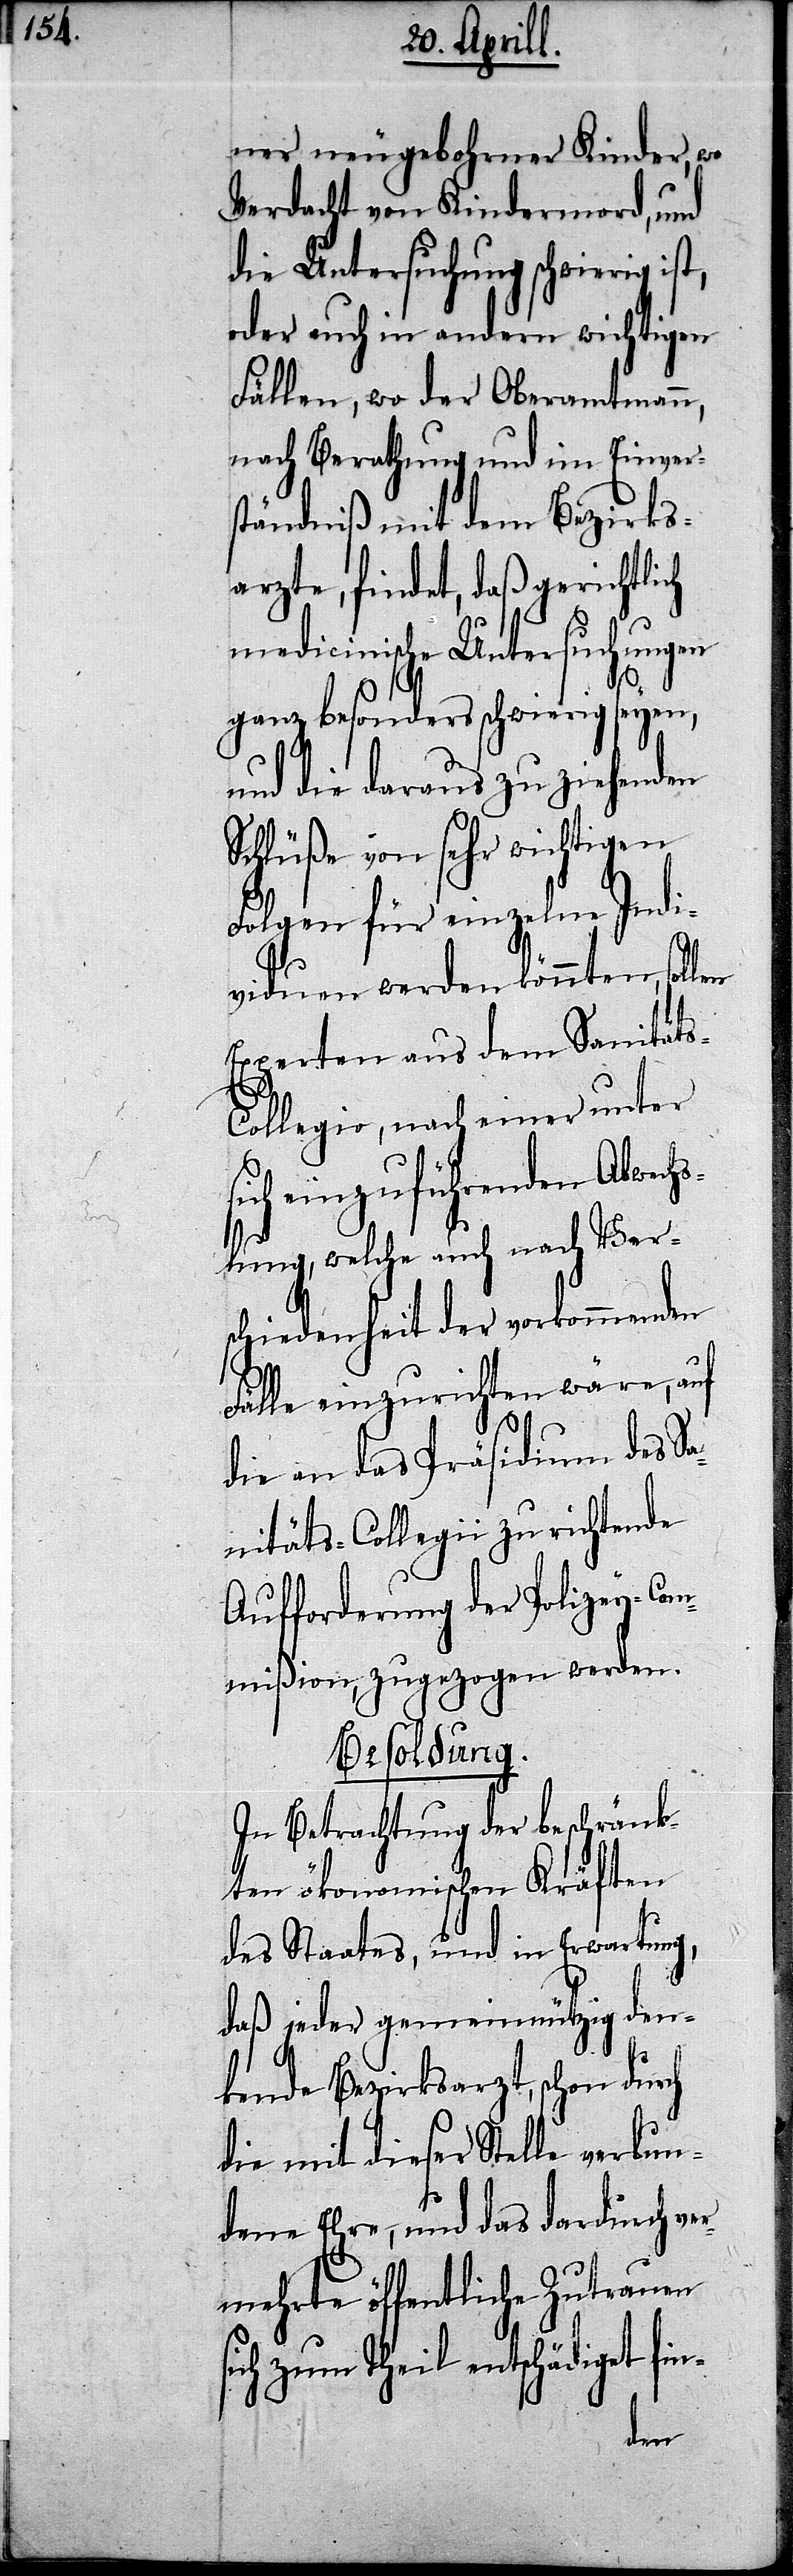
ner neugebohrner Kinder, wo
Verdacht von Kindermord, und
die Untersuchung schwierig ist,
oder auch in andern wichtigen
Fällen, wo der Oberamtmann,
nach Berathung und im Einver¬
ständniß mit dem Bezirks¬
arzte, findet, daß gerichtlich
medicinische Untersuchungen
ganz besonders schwierig seyen,
und die daraus zu ziehenden
Schlüße von sehr wichtigen
Folgen für einzelne Indi¬
viduen werden könnten, sollen
Experten aus dem Sanität¬
s-Collegio, nach einer unter
sich einzuführenden Abwec¬
hslung, welche auch nach Ver¬
schiedenheit der vorkommenden
Fälle einzurichten wäre, auf
die an das Präsidium des S¬
anitäts-Collegii zu richtende
Aufforderung der Polizey-Com¬
mißion zugezogen werden.
Besoldung.
In Betrachtung der beschränk¬
ten ökonomischen Kräften
des Staates, und in Erwartung,
daß jeder gemeinnützig den¬
kende Bezirksarzt, schon durch
die mit dieser Stelle verbun¬
dene Ehre, und das dardurch ve¬
rmehrte öffentliche Zutrauen
sich zum Theil entschädiget fin-